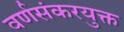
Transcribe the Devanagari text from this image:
वर्णसंकरयुक्त